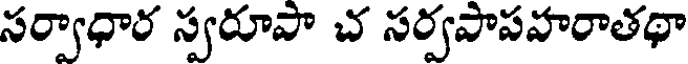
సర్వాధార స్వరూపా చ సర్వపాపహరాతథా